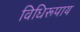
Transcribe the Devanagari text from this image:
विधिरूपाय